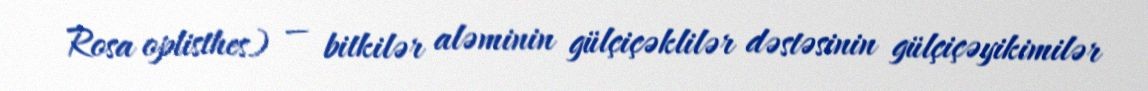
Rosa oplisthes) — bitkilər aləminin gülçiçəklilər dəstəsinin gülçiçəyikimilər